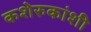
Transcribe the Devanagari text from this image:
कशेरुकांशी